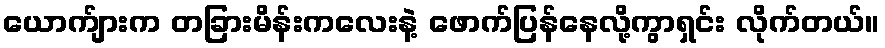
ယောက်ျားက တခြားမိန်းကလေးနဲ့ ဖောက်ပြန်နေလို့ကွာရှင်း လိုက်တယ်။